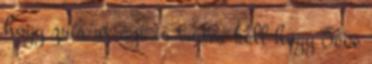
hogy zsír rt azt is tudni kell hogy 5éve